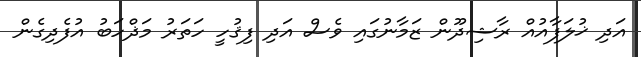
އަދި ޚުލަފާއުއް ރާޝިދޫން ޒަމާނުގައި ވެސް އަދި ފިޤުހީ ހަތަރު މަޛްހަބު އުފެދިގެން